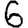
Digit: 6